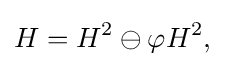
\displaystyle {H=H^{2}\ominus \varphi H^{2},}